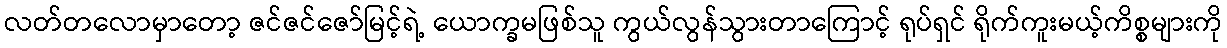
လတ်တလောမှာတော့ ဇင်ဇင်ဇော်မြင့်ရဲ့ ယောက္ခမဖြစ်သူ ကွယ်လွန်သွားတာကြောင့် ရုပ်ရှင် ရိုက်ကူးမယ့်ကိစ္စများကို